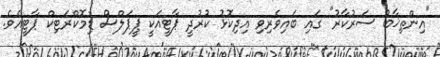
"އިންތިޚާބު ސަރުކާރު" ގައި ބައިވެރިވި އިދިކޮޅު ކުރުދީ ޕާޓީއަކީ ޕީޕަލްސް ޑިމޮކްރަޓިކް ޕާޓީއެވެ.